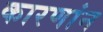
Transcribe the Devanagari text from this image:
कारणांन